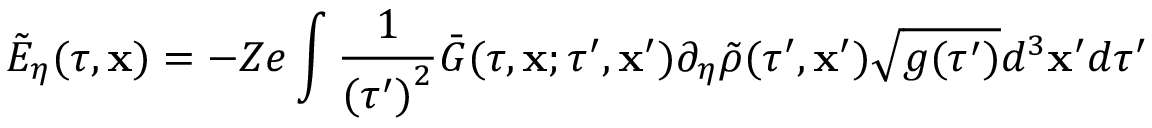
\tilde { E } _ { \eta } ( \tau , \mathbf { x } ) = - Z e \int \frac { 1 } { { ( \tau ^ { \prime } ) } ^ { 2 } } \bar { G } ( \tau , \mathbf { x } ; \tau ^ { \prime } , \mathbf { x } ^ { \prime } ) \partial _ { \eta } \tilde { \rho } ( \tau ^ { \prime } , \mathbf { x } ^ { \prime } ) \sqrt { g ( \tau ^ { \prime } ) } d ^ { 3 } \mathbf { x } ^ { \prime } d \tau ^ { \prime }